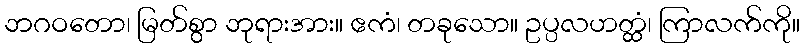
ဘဂဝတော၊ မြတ်စွာ ဘုရားအား။ ဧကံ၊ တခုသော။ ဥပ္ပလဟတ္ထံ၊ ကြာလက်ကို။